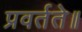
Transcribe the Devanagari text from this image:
प्रवर्तते॥